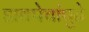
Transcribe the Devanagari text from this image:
डावपेचांपुढे